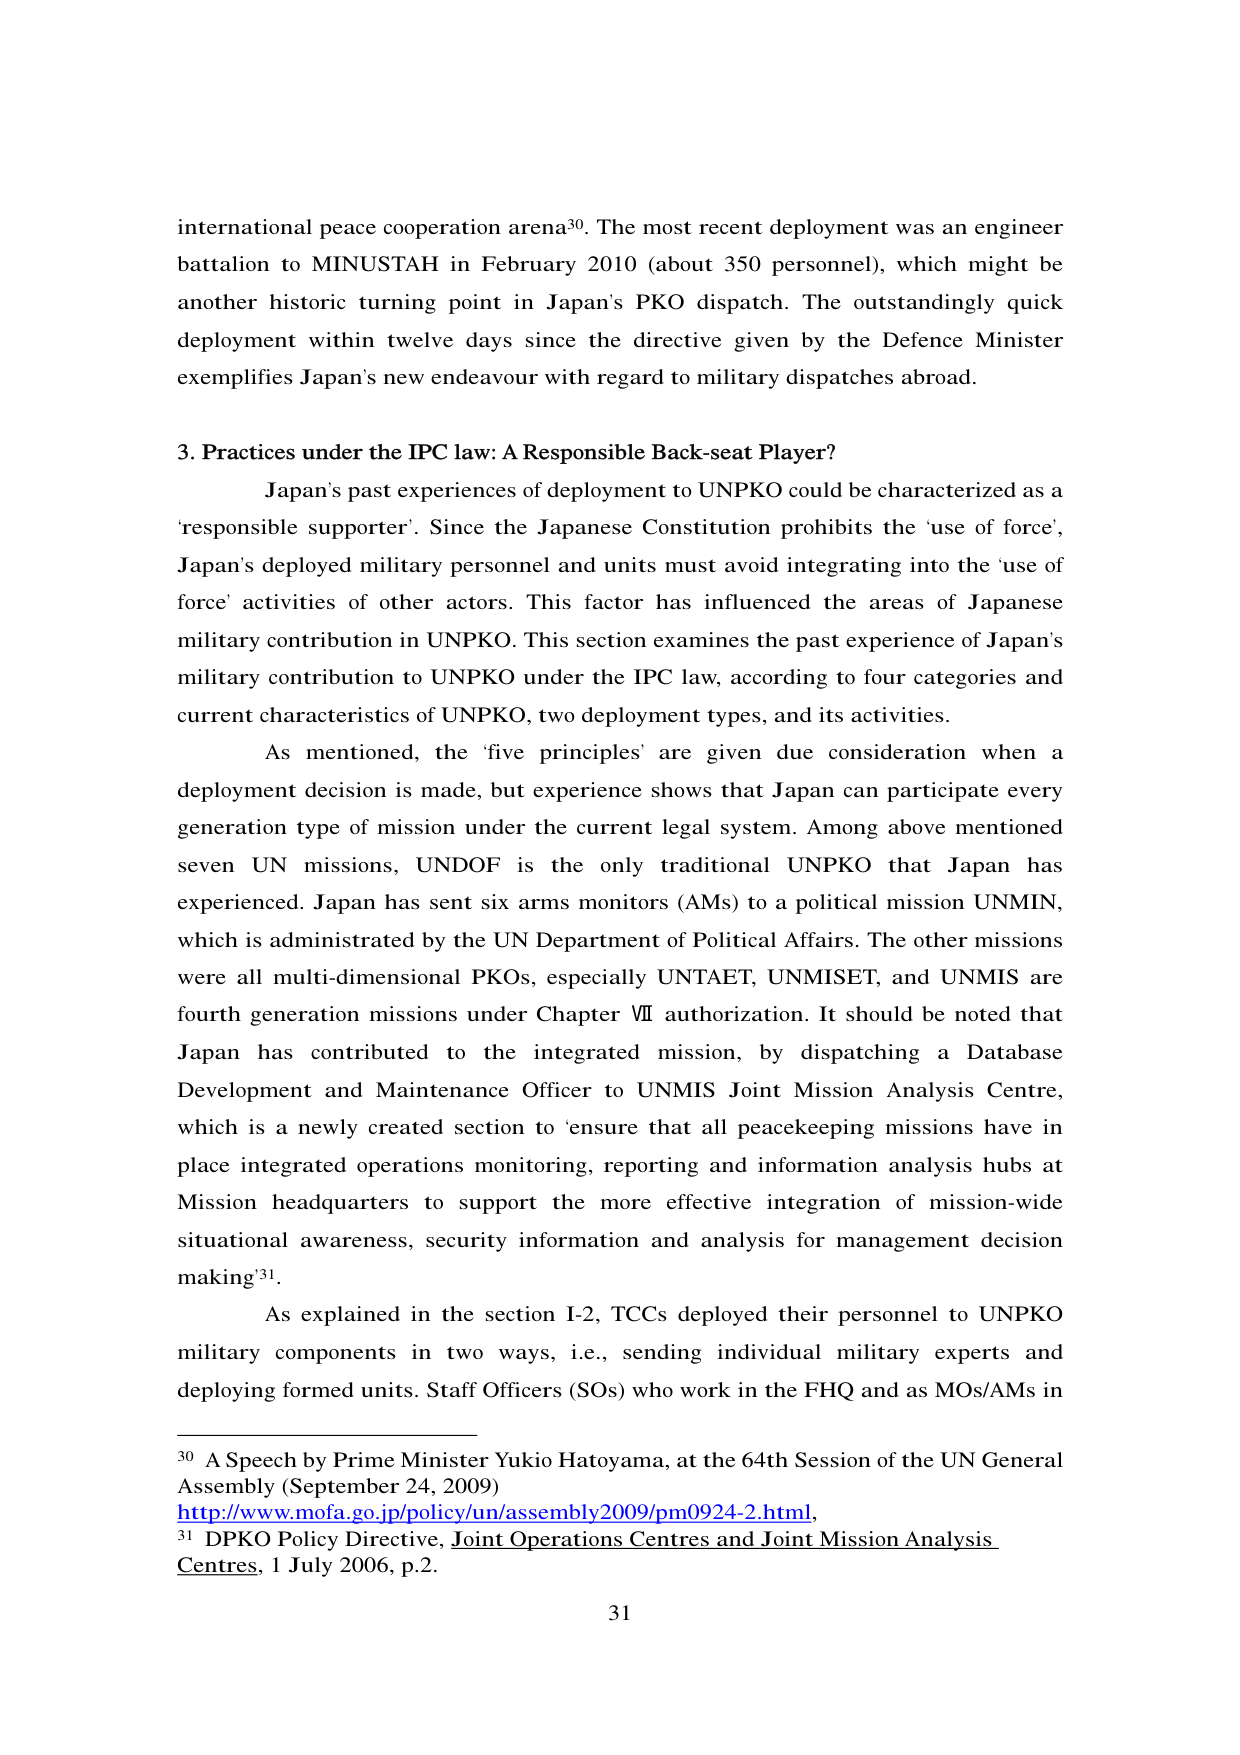
international peace cooperation arena³⁰. The most recent deployment was an engineer battalion to MINUSTAH in February 2010 (about 350 personnel), which might be another historic turning point in Japan's PKO dispatch. The outstandingly quick deployment within twelve days since the directive given by the Defence Minister exemplifies Japan's new endeavour with regard to military dispatches abroad.

3. Practices under the IPC law: A Responsible Back-seat Player?

Japan's past experiences of deployment to UNPKO could be characterized as a'responsible supporter'. Since the Japanese Constitution prohibits the 'use of force', Japan's deployed military personnel and units must avoid integrating into the 'use of force' activities of other actors. This factor has influenced the areas of Japanese military contribution in UNPKO. This section examines the past experience of Japan's military contribution to UNPKO under the IPC law, according to four categories and current characteristics of UNPKO, two deployment types, and its activities.

As mentioned, the 'five principles' are given due consideration when a deployment decision is made, but experience shows that Japan can participate every generation type of mission under the current legal system. Among above mentioned seven UN missions, UNDOF is the only traditional UNPKO that Japan has experienced. Japan has sent six arms monitors (AMs) to a political mission UNMIN, which is administrated by the UN Department of Political Affairs. The other missions were all multi-dimensional PKOs, especially UNTAET, UNMISSET, and UNMIS are fourth generation missions under Chapter VII authorization. It should be noted that Japan has contributed to the integrated mission, by dispatching a Database Development and Maintenance Officer to UNMIS Joint Mission Analysis Centre, which is a newly created section to 'ensure that all peacekeeping missions have in place integrated operations monitoring, reporting and information analysis hubs at Mission headquarters to support the more effective integration of mission-wide situational awareness, security information and analysis for management decision making'³¹.

As explained in the section I-2, TCCs deployed their personnel to UNPKO military components in two ways, i.e., sending individual military experts and deploying formed units. Staff Officers (SOs) who work in the FHQ and as MOs/AMs in

³⁰ A Speech by Prime Minister Yukio Hatoyama, at the 64th Session of the UN General Assembly (September 24, 2009)
http://www.mofa.go.jp/policy/un/assembly2009/pm0924-2.html,
³¹ DPKO Policy Directive, Joint Operations Centres and Joint Mission Analysis Centres, 1 July 2006, p.2.

31